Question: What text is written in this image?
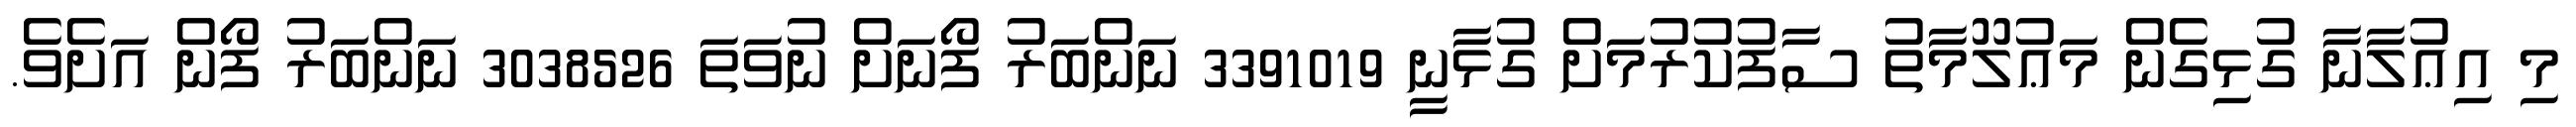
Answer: މި އިޢުލާނާ ގުޅިގެން މަޢުލޫމާތު ސާފުކުރުމަށް ގުޅާނީ 3391019 ނަންބަރު ފޯނަށް ނުވަތަ 3038526 ނަންބަރު ފޯން އަށެވެ.